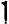
1